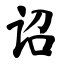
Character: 诏